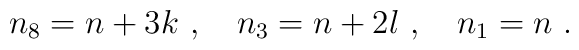
n_8 = n+3k\ , \ \ \ n_3 = n+2l \ , \ \ \ n_1 =n \ .